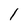
Character: 1